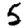
Digit: 5